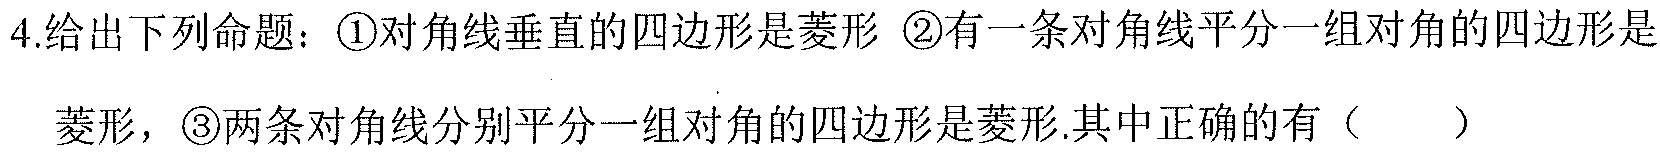
4.给出下列命题：\textcircled{1}对角线垂直的四边形是菱形 \textcircled{2}有一条对角线平分一组对角的四边形是
菱形，\textcircled{3}两条对角线分别平分一组对角的四边形是菱形.其中正确的有（  ）